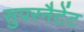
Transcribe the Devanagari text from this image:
सुपरनैटेंट